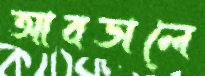
আবডালে